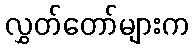
လွှတ်တော်များက